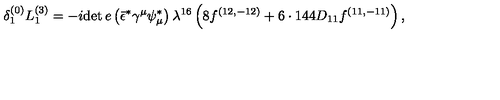
{ \delta _ { 1 } ^ { ( 0 ) } L _ { 1 } ^ { ( 3 ) } = - i { \det e } \left( \bar { \epsilon } ^ { * } \gamma ^ { \mu } \psi _ { \mu } ^ { * } \right) \lambda ^ { 1 6 } \left( 8 f ^ { ( 1 2 , - 1 2 ) } + 6 \cdot 1 4 4 D _ { 1 1 } f ^ { ( 1 1 , - 1 1 ) } \right) , }